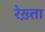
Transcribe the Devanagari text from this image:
रेख़्ता